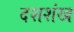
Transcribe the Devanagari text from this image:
दशशंख